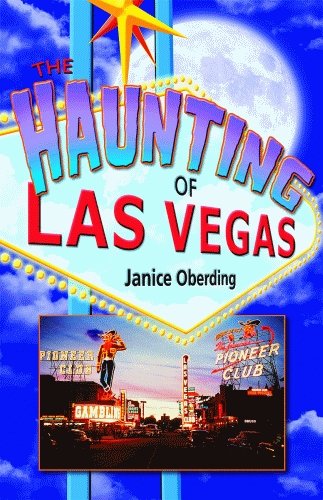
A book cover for The Haunting of Las Vegas; Janice Oberding; Travel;